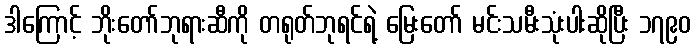
ဒါကြောင့် ဘိုးတော်ဘုရားဆီကို တရုတ်ဘုရင်ရဲ့ မြေးတော် မင်းသမီးသုံးပါးဆိုပြီး ၁၇၉၀